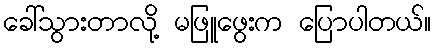
ခေါ်သွားတာလို့ မဖြူဖွေးက ပြောပါတယ်။